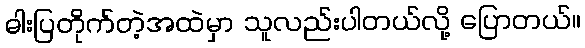
ဓါးပြတိုက်တဲ့အထဲမှာ သူလည်းပါတယ်လို့ ပြောတယ်။